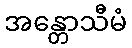
အန္တောသီမံ